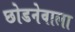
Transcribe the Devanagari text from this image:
छोडनेवाला